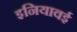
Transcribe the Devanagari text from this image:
इनियावई